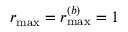
r _ { \operatorname* { m a x } } = r _ { \operatorname* { m a x } } ^ { ( b ) } = 1